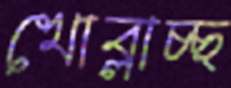
খোব্‌লাচ্ছ